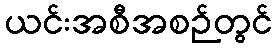
ယင်းအစီအစဉ်တွင်